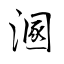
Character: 溷